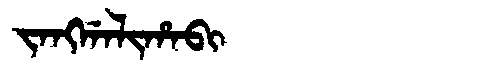
Manchu: ᠵᠠᠩᡤᠠᠯᡳᡥᠠᠪᡳ
Romanization: JANGGALIHABI